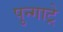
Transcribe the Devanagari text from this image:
पुन्गाट्रे